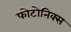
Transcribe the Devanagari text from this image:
फोटोनिक्स